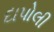
દાપોલી